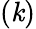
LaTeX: (\mathit{k})